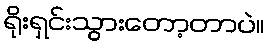
ရိုးရှင်းသွားတော့တာပဲ။